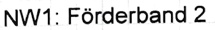
Text: NW1: Förderband 2